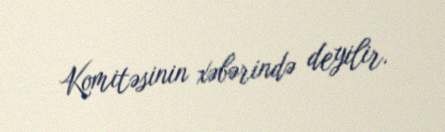
Komitəsinin xəbərində deyilir.